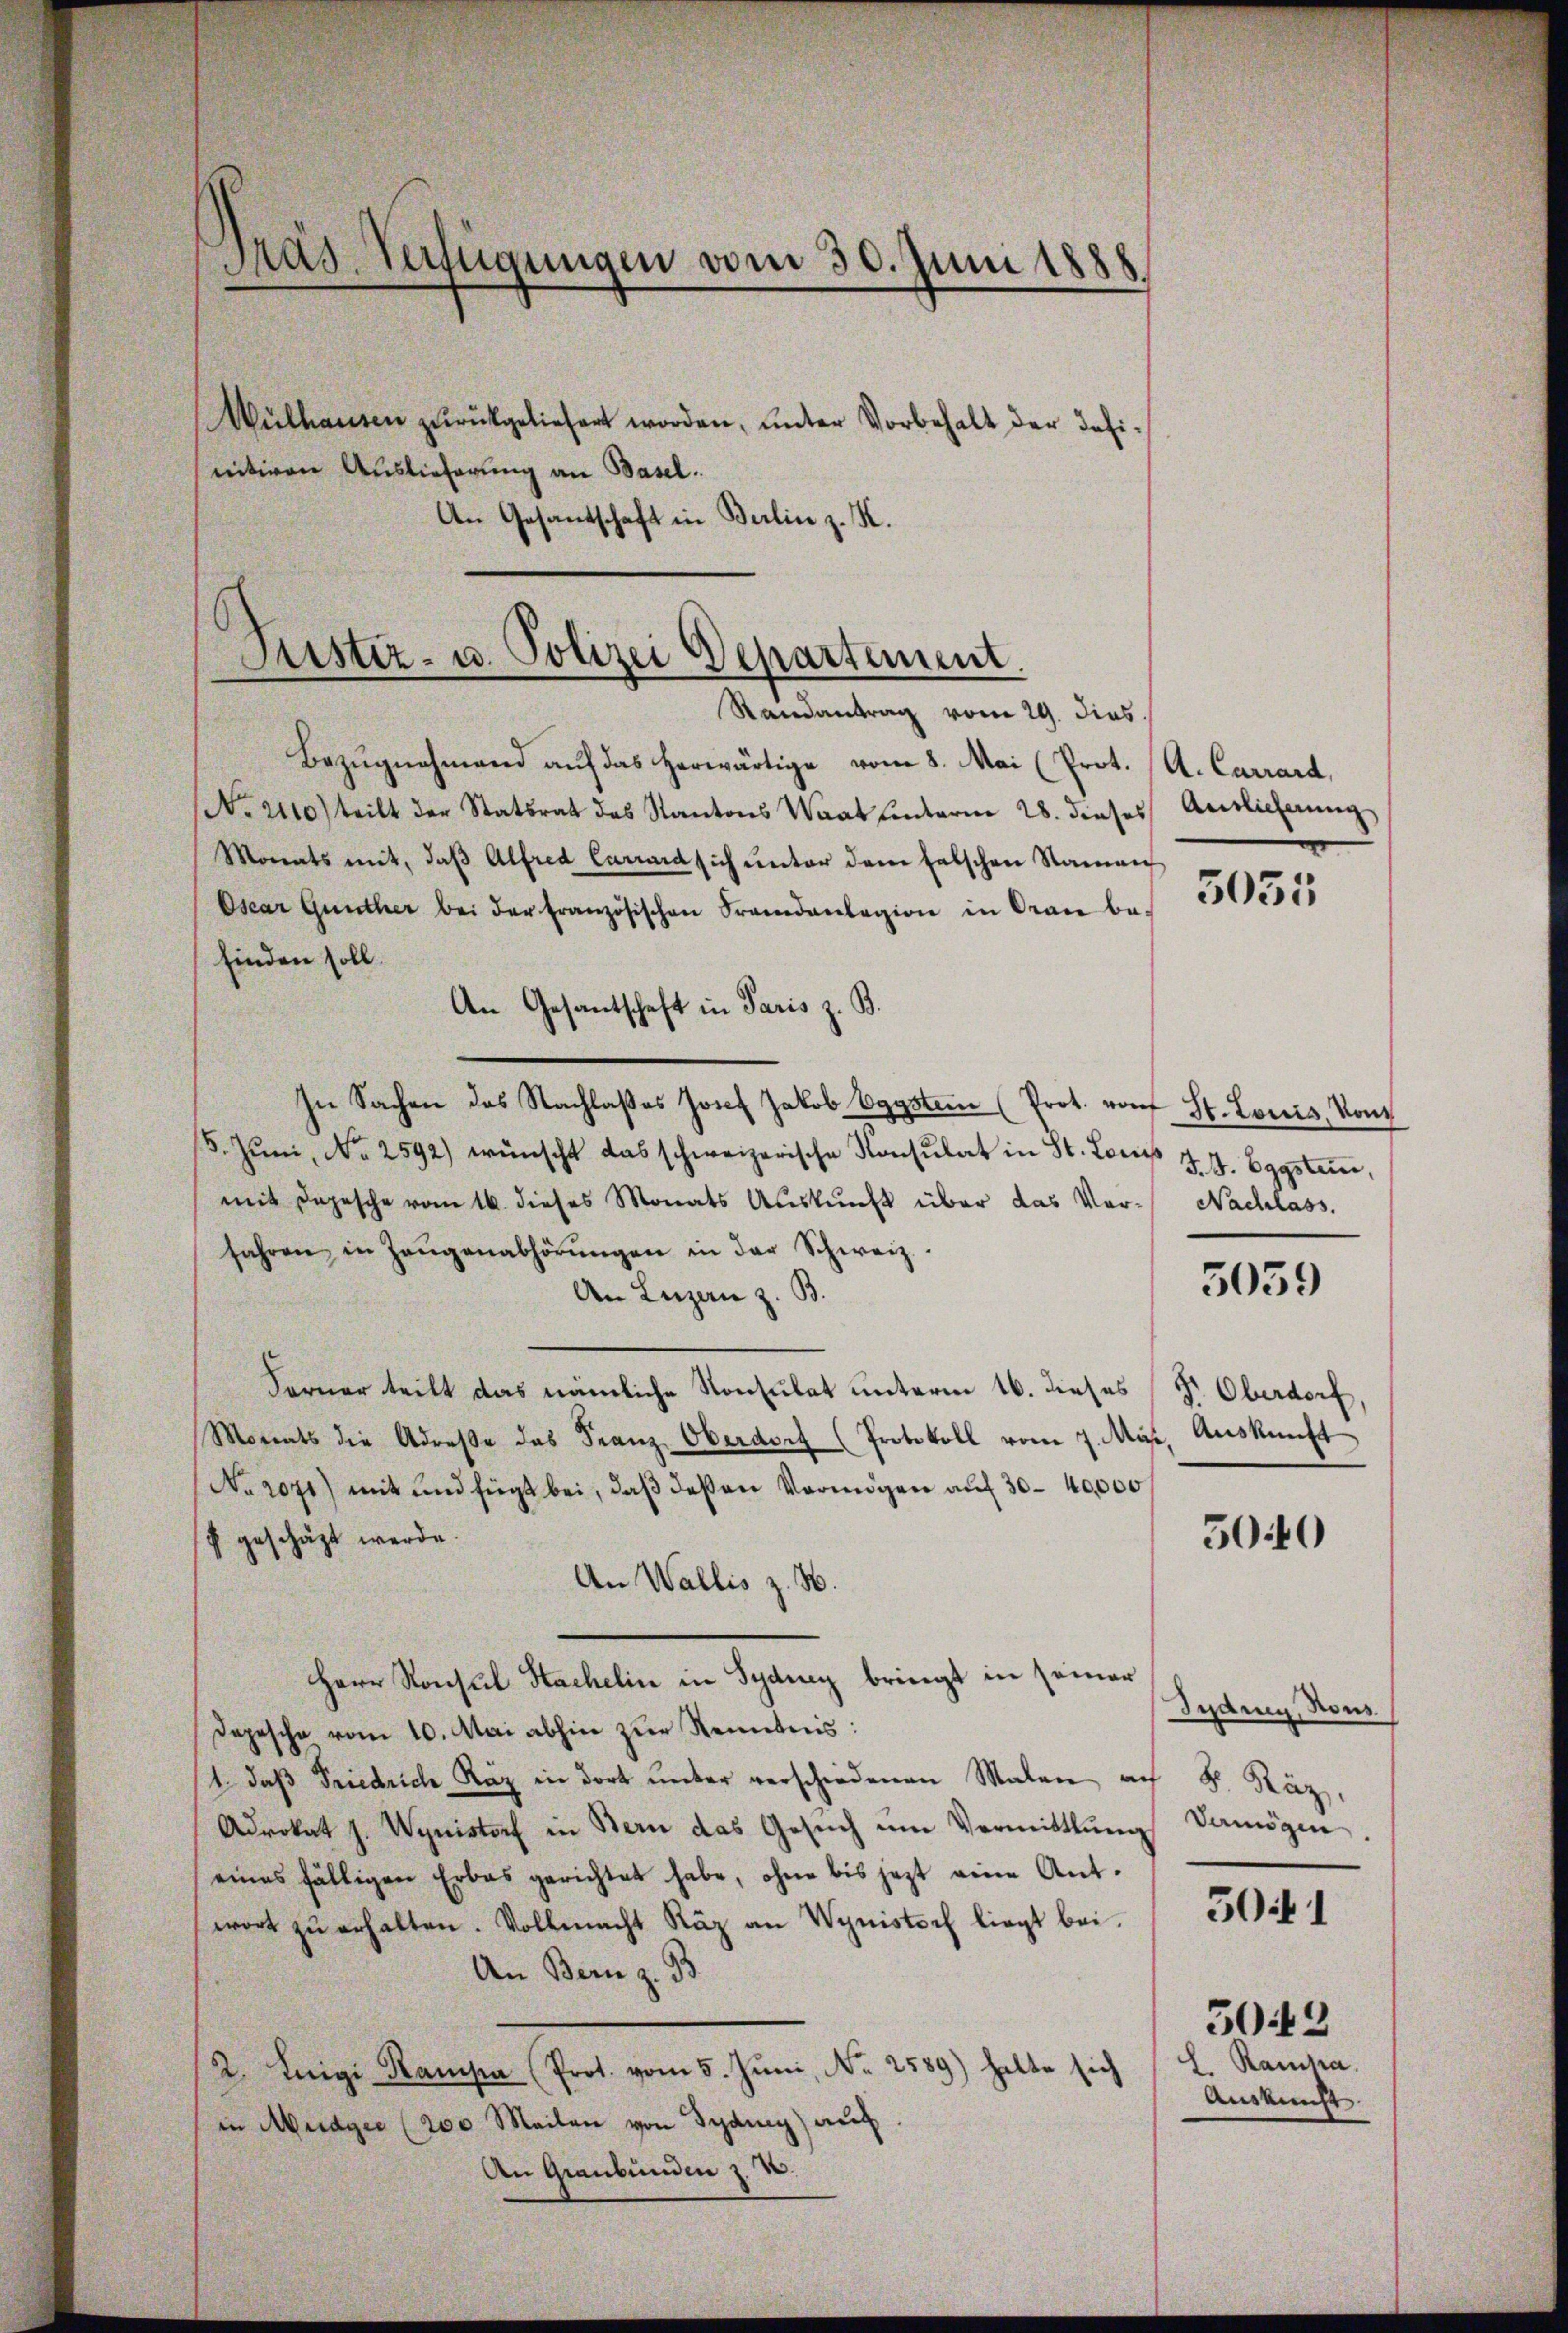
Pras-Verfügungen vom 30. Juni 1888.
Mülhausen zŭrückgeliefert worden, unter Vorbehalt der defi-
nitiven Auslieferung an Basel.
An Gesantschaft in Berlin z. K.

Puster- u. Polizei Departement.
Randantrag vom 29. dies

Bezŭgnahmend auf das herwärtige vom 8. Mai (Prot. (A. Carrard,
No. 2110) teilt der Statsrat des Kantons Waat hinterm 28. dieses Auslieferung
Monats mit, daβ Alfred Carrard sich ŭnter dem falschen Namen
Osear Günther bei der französischen Frandanlegion in Oraie be-
finden soll.
An Gesandtschaft in Paris z. B.
In Sachen des Nachlasses Josef Jakob Eggstein (Prot. rof St. Louis, Kont
/5. Juni, No 2592) wünscht das schweizerische Konsulat in St. Lors J. J. Eggstrine,
mit Depesche vom 16. dieses Monats Aŭskŭnft über das Ver- Nachlass
fahren in Zeŭgenabhörŭngen in der Schweiz.
An Luzen z. B.
Ferner teilt das nämliche Konsulat unterm 16. dieses Dr. Oberdorf,
Morents die Adresse das Franz Oberdorf (Protokoll vom 7. Mäß,
No. 2071) mit und fügt bei, daβ deßen Vermögen auf 30 - 40,000
f geschäzt werde.
An Wallis z. B.
Herr Konsul Hackelin in Syduy bringt in seiner
Depesche vom 10. Mai abhin zur Kenntnis:
1 daβ Friedrich Räz in dort ŭnter verschiedenen Malen auf 8. Käz,
Advokat J. Wynistorf in Bern das Gesŭch um Vermittlung
eines fälligen Erbas gerichtet habe, ohne bis jetzt eine Antwort zŭ erhalten. Vollmacht Räz an Wyuistorf liegt bei.
An Bern z. 93
2. Inigi Rampa (Prot. vom 5. Juni, No 2589) halte sich
in Medgee (200 Meilen von Sydney) auf
An Graubünden z. B.

5055

5039

Auskunft

5040

Indung, sons
Damögen

5041

303
l Rama.
Auskunft.